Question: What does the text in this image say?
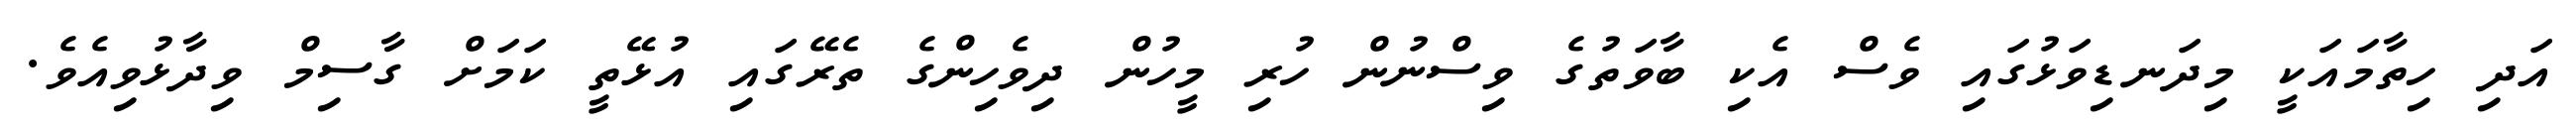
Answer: އަދި ހިތާމައަކީ މިދަނޑިވަޅުގައި ވެސް އެކި ބާވަތުގެ ވިސްނުން ހުރި މީހުން ދިވެހިންގެ ތެރޭގައި އުޅޭތީ ކަމަށް ގާސިމް ވިދާޅުވިއެވެ.